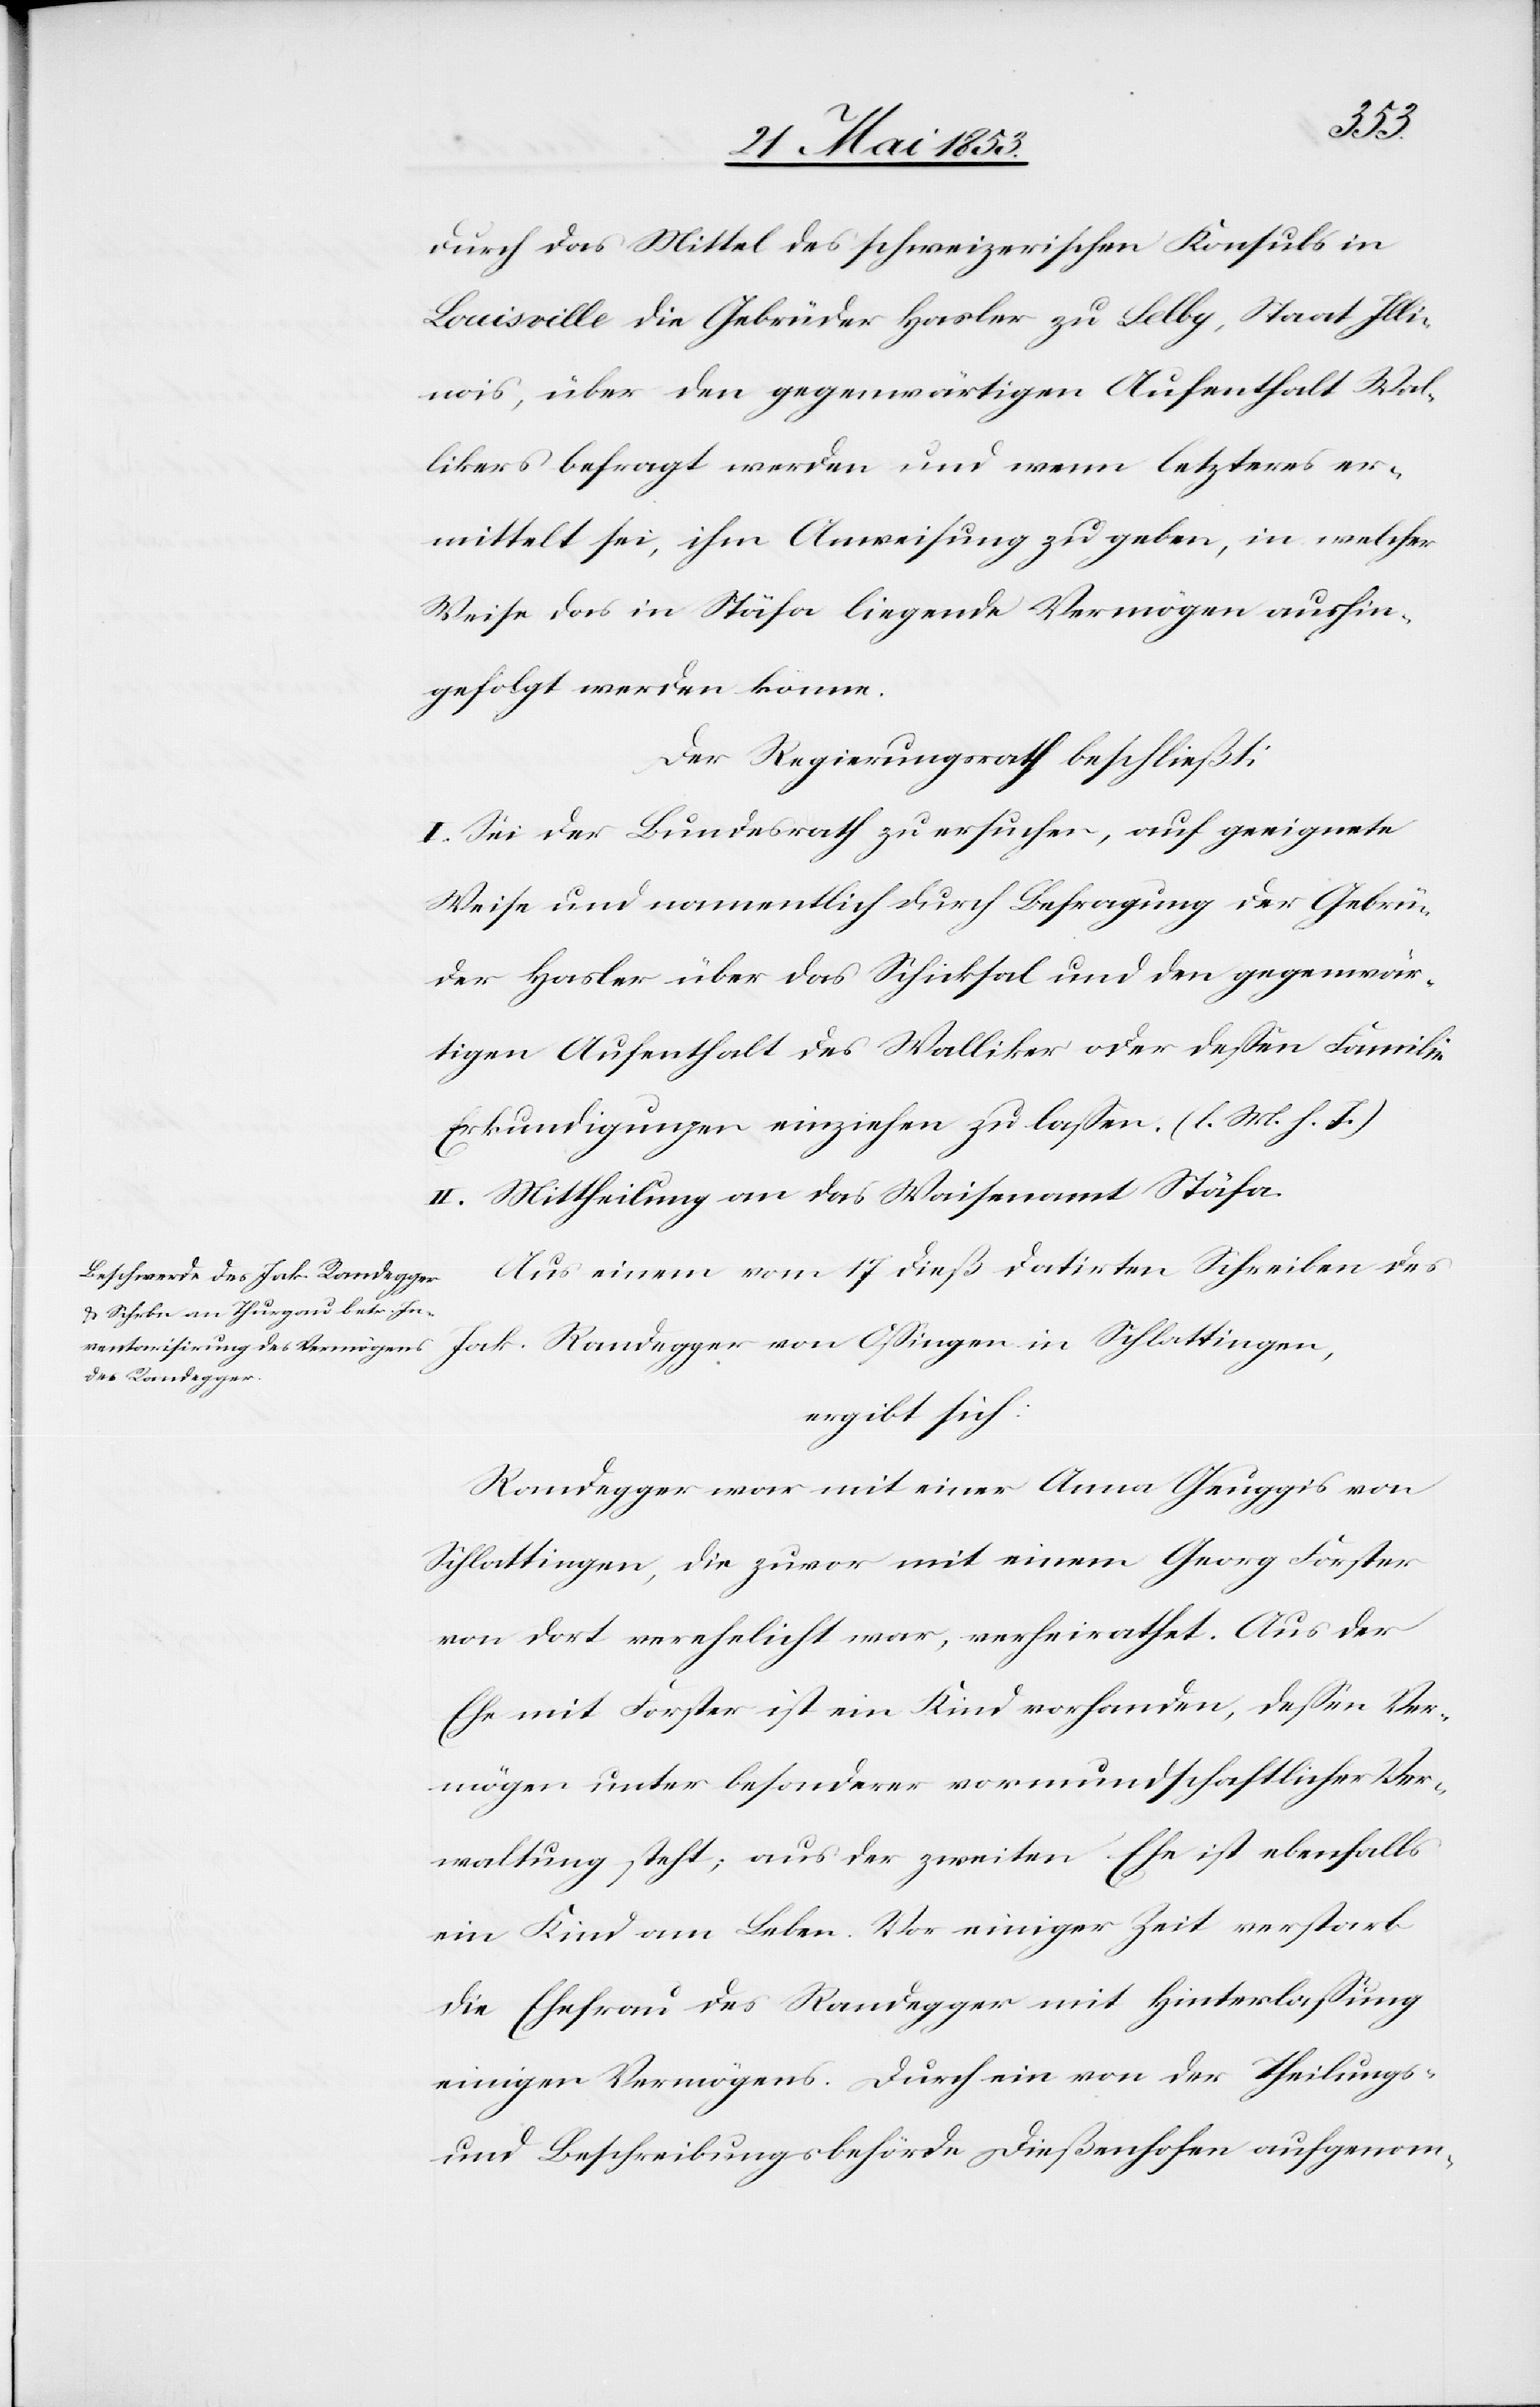
durch das Mittel des schweizerischen Konsuls in
Louisville die Gebrüder Hasler zu Lelby, Staat Illi¬
nois, über den gegenwärtigen Aufenthalt Wal¬
likers befragt werden und wenn letzterer er¬
mittelt sei, ihm Ausweisung zu geben, in welcher
Weise das in Stäfa liegende Vermögen aushin¬
gefolgt werden könne.
Der Regierungsrath beschließt:
I. Sei der Bundesrath zu ersuchen, auf geeignete
Weise und namentlich durch Befragung der Gebrü¬
der Hasler über das Schicksal und den gegenwär¬
tigen Aufenthalt des Walliker oder deßen Familie
Erkundigungen einziehen zu laßen. [l. M. h. T]
II. Mittheilung an das Waisenamt Stäfa.
Aus einm vom 17 dieß datirten Schreiben des
Jak. Rondegger von Oßingen in Schlattingen,
ergibt sich:
Rondegger war mit einer Anna Geuggis von
Schlattingen, die zwar mit einem Georg Forster
von dort verehelicht war, verheirathet. Aus der
Ehe mit Forster ist ein Kind vorhanden, deßen Ver¬
mögen unter besonderer vormundschaftlicher Ver¬
waltung steht, aus der zweiten Ehe ist ebenfalls
ein Kind am Leben. Vor einiger Zeit verstarb
die Ehefrau des Rondegger mit Hinterlaßung
einigen Vermögens. Durch ein von der Theilungs-
und Beschreibungsbehörde Dießenhofen aufgenom-